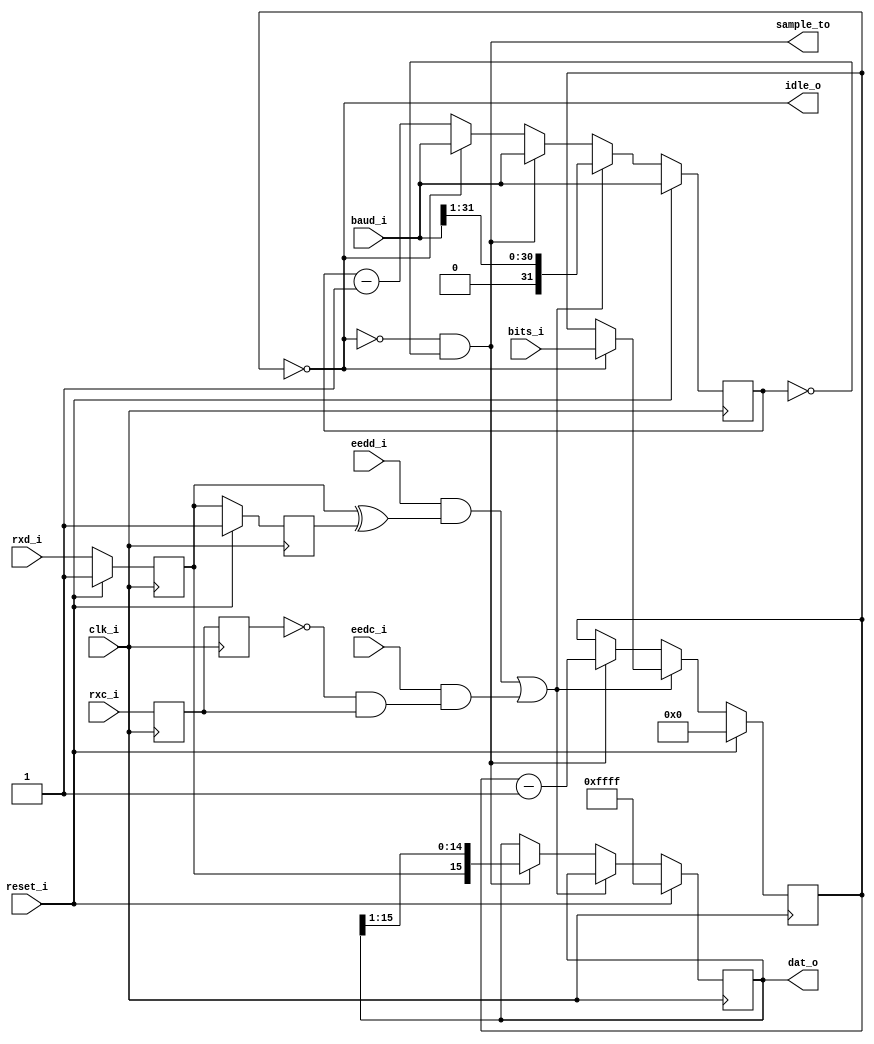
module sia_receiver(
	input		clk_i,
	input		reset_i,
	input	[BW:0]	bits_i,
	input	[BRW:0]	baud_i,
	input		eedd_i,	
	input		eedc_i, 
	input		rxd_i,
	input		rxc_i,
	output	[SRW:0]	dat_o,
	output		idle_o,
	output		sample_to
);
	parameter	SHIFT_REG_WIDTH = 16;
	parameter	BAUD_RATE_WIDTH = 32;
	parameter	BITS_WIDTH = 5;
	parameter	SRW = SHIFT_REG_WIDTH - 1;
	parameter	BRW = BAUD_RATE_WIDTH - 1;
	parameter	BW = BITS_WIDTH - 1;
	reg	[SRW:0]	shiftRegister;
	reg	[BRW:0]	sampleCtr;
	reg	[BW:0]	bitsLeft;
	reg		d0, d1, c0, c1;
	wire edgeDetected = (eedd_i & (d0 ^ d1)) | (eedc_i & (~c1 & c0));
	wire sampleBit = ~idle_o && (sampleCtr == 0);
	wire	[SRW:0]	shiftRegister_rev;
	genvar i;
	generate
		for(i = 0; i <= SRW; i = i + 1) begin
			assign shiftRegister_rev[i] = shiftRegister[SRW-i];
		end
	endgenerate
	assign idle_o = (bitsLeft == 0);
	assign dat_o = shiftRegister;
	always @(posedge clk_i) begin
		shiftRegister <= shiftRegister;
		bitsLeft <= bitsLeft;
		sampleCtr <= sampleCtr;
		d1 <= d0;
		d0 <= rxd_i;
		c1 <= c0;
		c0 <= rxc_i;
		if(reset_i) begin
			shiftRegister <= ~(0);
			bitsLeft <= 0;
			sampleCtr <= baud_i;
			d0 <= 1;
			d1 <= 1;
		end
		else begin
			if(edgeDetected) begin
				if(idle_o) begin
					bitsLeft <= bits_i;
				end
				sampleCtr <= {1'b0, baud_i[BRW:1]};
			end
			else if(sampleBit) begin
				sampleCtr <= baud_i;
				bitsLeft <= bitsLeft - 1;
				shiftRegister <= {d0, shiftRegister[SRW:1]};
			end
			else if(idle_o) begin
				sampleCtr <= baud_i;
			end
			else begin
				sampleCtr <= sampleCtr - 1;
			end
		end
	end
	assign sample_to = sampleBit;
endmodule